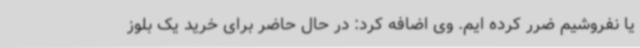
یا نفروشیم ضرر کرده ایم. وی اضافه کرد: در حال حاضر برای خرید یک بلوز